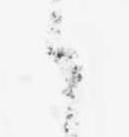
候